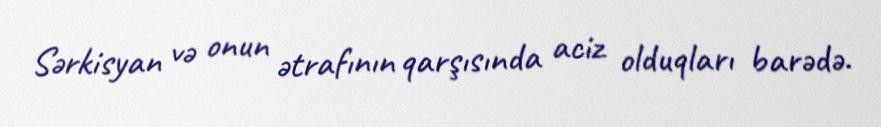
Sərkisyan və onun ətrafının qarşısında aciz olduqları barədə.